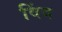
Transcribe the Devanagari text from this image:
विंद